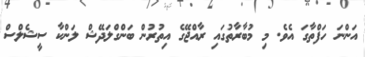
އަންނަ ހަފްތާގަ އެވެ. މި މުބާރާތުގައި ރާއްޖޭގެ އިތުރުން ބަންގްލަދޭޝް ލަންކާ ސީޝެލްސް